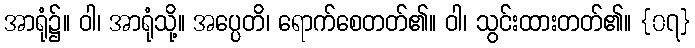
အာရုံ၌။ ဝါ၊ အာရုံသို့။ အပ္ပေတိ၊ ရောက်စေတတ်၏။ ဝါ၊ သွင်းထားတတ်၏။ {၀၇}